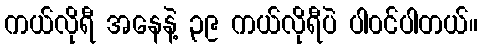
ကယ်လိုရီ အနေနဲ့ ၃၉ ကယ်လိုရီပဲ ပါ၀င်ပါတယ်။